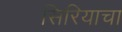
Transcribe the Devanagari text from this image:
सिरियाचा